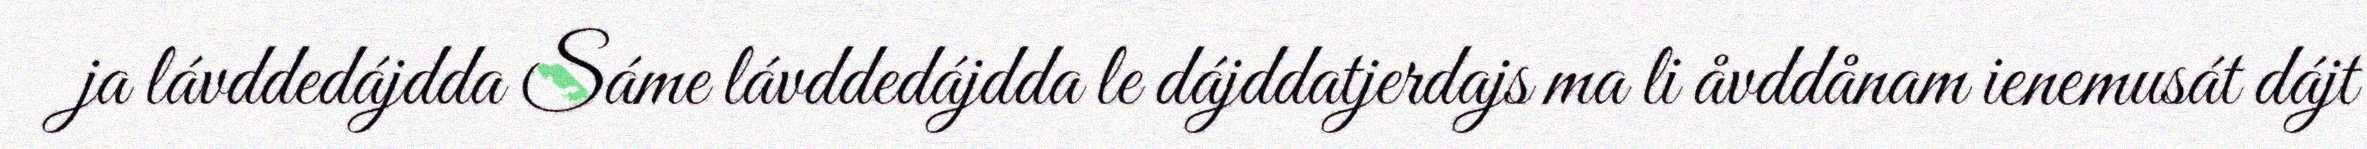
ja lávddedájdda Sáme lávddedájdda le dájddatjerdajs ma li åvddånam ienemusát dájt